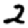
Digit: 2